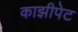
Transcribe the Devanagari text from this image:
काझीपेट